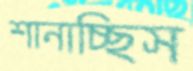
শানাচ্ছিস